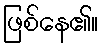
ဖြစ်နေ၏။